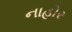
નાહોર